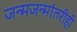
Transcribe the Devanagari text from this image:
जन्मजन्मांतरीही